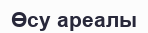
Өсу ареалы